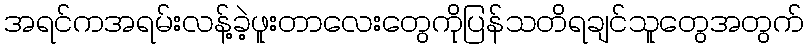
အရင်ကအရမ်းလန့်ခဲ့ဖူးတာလေးတွေကိုပြန်သတိရချင်သူတွေအတွက်